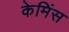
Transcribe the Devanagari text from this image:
केमिंस